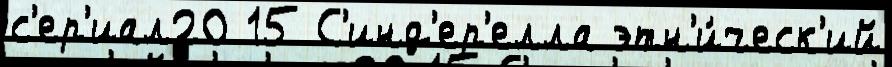
с'ер'иал20 15 С'инд'ер'елла этн'и́ческ'ий